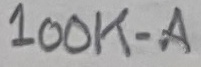
Text: 100K-A